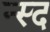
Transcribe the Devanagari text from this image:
न्स्द